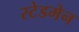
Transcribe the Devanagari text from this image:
स्टेडमेन